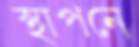
স্থাপনে